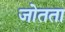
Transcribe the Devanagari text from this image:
जोतता